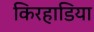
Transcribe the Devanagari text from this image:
किरहाडिया